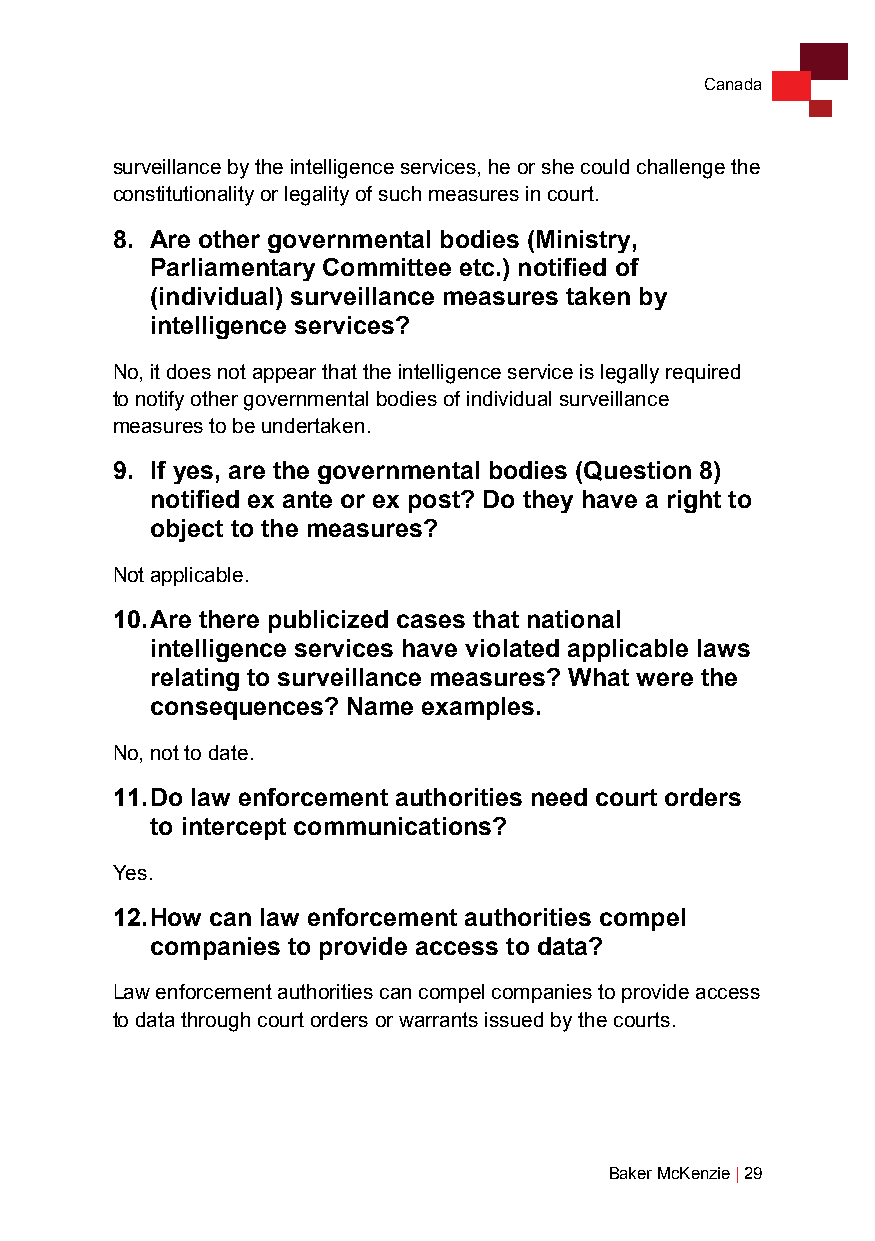
Canada
 surveillance by the intelligence services, he or she could challenge the
 constitutionality or legality of such measures in court.
 8. Are other governmental bodies (Ministry,
 Parliamentary Committee etc.) notified of
 (individual) surveillance measures taken by
 intelligence services?
 No, it does not appear that the intelligence service is legally required
 to notify other governmental bodies of individual surveillance
 measures to be undertaken.
 9. If yes, are the governmental bodies (Question 8)
 notified ex ante or ex post? Do they have a right to
 object to the measures?
 Not applicable.
 10. Are there publicized cases that national
 intelligence services have violated applicable laws
 relating to surveillance measures? What were the
 consequences? Name examples.
 No, not to date.
 11. Do law enforcement authorities need court orders
 to intercept communications?
 Yes.
 12. How can law enforcement authorities compel
 companies to provide access to data?
 Law enforcement authorities can compel companies to provide access
 to data through court orders or warrants issued by the courts.
 Baker McKenzie | 29